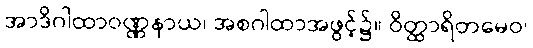
အာဒိဂါထာဝဏ္ဏနာယ၊ အစဂါထာအဖွင့်၌။ ဝိတ္ထာရိတမေဝ၊